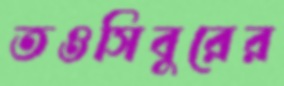
তওসিবুরের